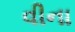
વીના